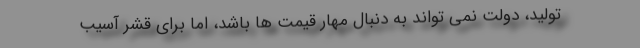
تولید، دولت نمی تواند به دنبال مهار قیمت ها باشد، اما برای قشر آسیب